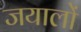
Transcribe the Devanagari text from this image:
जयालों